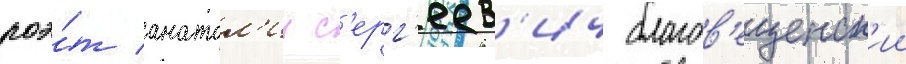
поэ́т анатол'ии с'ерг'еев'ич благов'ещенск'ии